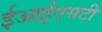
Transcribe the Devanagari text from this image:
ईआईएसटी